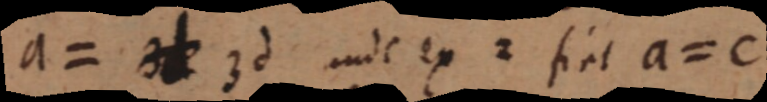
a= 3d 3d inde ex 2 fiat a=e